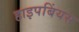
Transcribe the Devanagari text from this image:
हाइपबिंयस